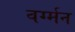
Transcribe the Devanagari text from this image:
वर्ग्मन